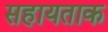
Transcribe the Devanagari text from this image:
सहायताक